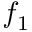
f _ { 1 }